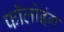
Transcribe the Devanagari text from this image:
फॉलोइंग